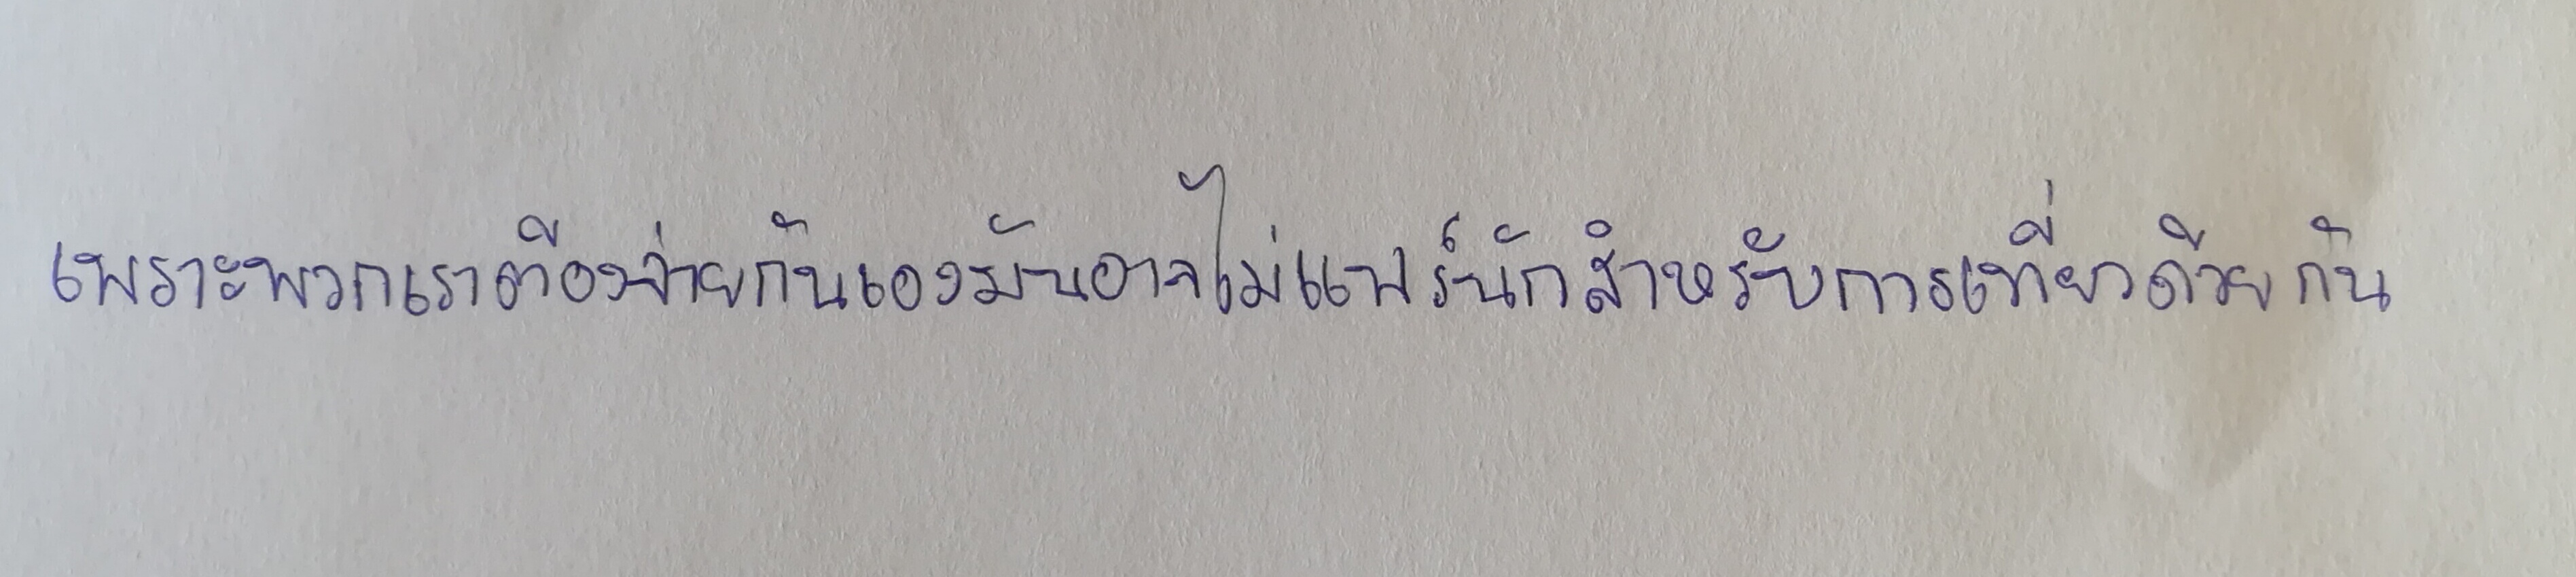
เพราะพวกเขาต้องจ่ายกันเองมันอาจไม่แฟร์นักสำหรับการเที่ยวด้วยกัน